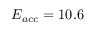
E _ { a c c } = 1 0 . 6